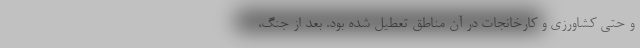
و حتی کشاورزی و کارخانجات در آن مناطق تعطیل شده بود. بعد از جنگ،